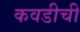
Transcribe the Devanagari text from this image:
कवडीची